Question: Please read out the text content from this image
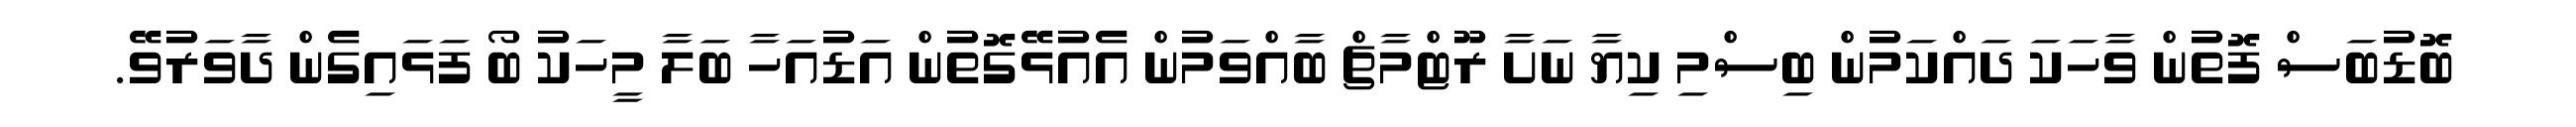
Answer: ބޮޑުބަސް ފޮތުން ވާހަކަ ދައްކަމުން ބިސްމި ކިޔާ ނަށާ ރޫޓްމާޗް ބާއްވަމުން އެއުޅޭގޮތުން އަޑުއަހާ ބަލާ މީހަކު ބޯ ފަޅައިގެން ދާވަރުވޭ.